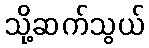
သို့ဆက်သွယ်